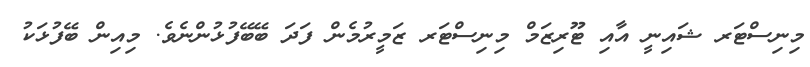
މިނިސްޓަރ ޝައިނީ އާއި ޓޫރިޒަމް މިނިސްޓަރ ޒަމީރުމެން ފަދަ ބޭބޭފުޅުންނެވެ. މިއިން ބޭފުޅަކު